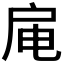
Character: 𫼊